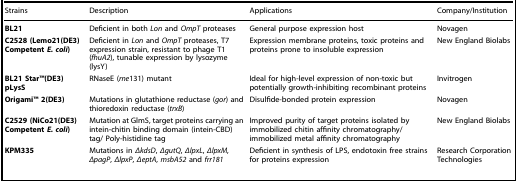
<table><thead><tr><td><b>Strains</b></td><td><b>Description</b></td><td><b>Applications</b></td><td><b>Company/Institution</b></td></tr></thead><tbody><tr><td><b>BL21</b></td><td>Deficient in both <i>Lon</i> and <i>OmpT</i> proteases</td><td>General purpose expression host</td><td>Novagen</td></tr><tr><td><b>C2528 (Lemo21(DE3) Competent</b><b><i>E. coli</i></b><b>)</b></td><td>Deficient in <i>Lon</i> and <i>OmpT</i> proteases, T7 expression strain, resistant to phage T1 (<i>fhuA2</i>), tunable expression by lysozyme (lysY)</td><td>Expression membrane proteins, toxic proteins and proteins prone to insoluble expression</td><td>New England Biolabs</td></tr><tr><td><b>BL21 StarTM(DE3) pLysS</b></td><td>RNaseE (<i>rne</i>131) mutant</td><td>Ideal for high-level expression of non-toxic but potentially growth-inhibiting recombinant proteins</td><td>Invitrogen</td></tr><tr><td><b>OrigamiTM 2(DE3)</b></td><td>Mutations in glutathione reductase (<i>gor</i>) and thioredoxin reductase (<i>trxB</i>)</td><td>Disulfide-bonded protein expression</td><td>Novagen</td></tr><tr><td><b>C2529 (NiCo21(DE3) Competent</b><b><i>E. coli</i></b><b>)</b></td><td>Mutation at GlmS, target proteins carrying an intein-chitin binding domain (intein-CBD) tag/ Poly-histidine tag</td><td>Improved purity of target proteins isolated by immobilized chitin affinity chromatography/ immobilized metal affinity chromatography</td><td>New England Biolabs</td></tr><tr><td><b>KPM335</b></td><td>Mutations in <i>ΔkdsD</i>, <i>ΔgutQ</i>, <i>ΔlpxL</i>, <i>ΔlpxM</i>, <i>ΔpagP</i>, <i>ΔlpxP</i>, <i>ΔeptA</i>, <i>msbA52</i> and <i>frr181</i></td><td>Deficient in synthesis of LPS, endotoxin free strains for proteins expression</td><td>Research Corporation Technologies</td></tr></tbody></table>